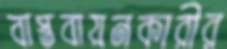
বাস্তবায়নকারীর